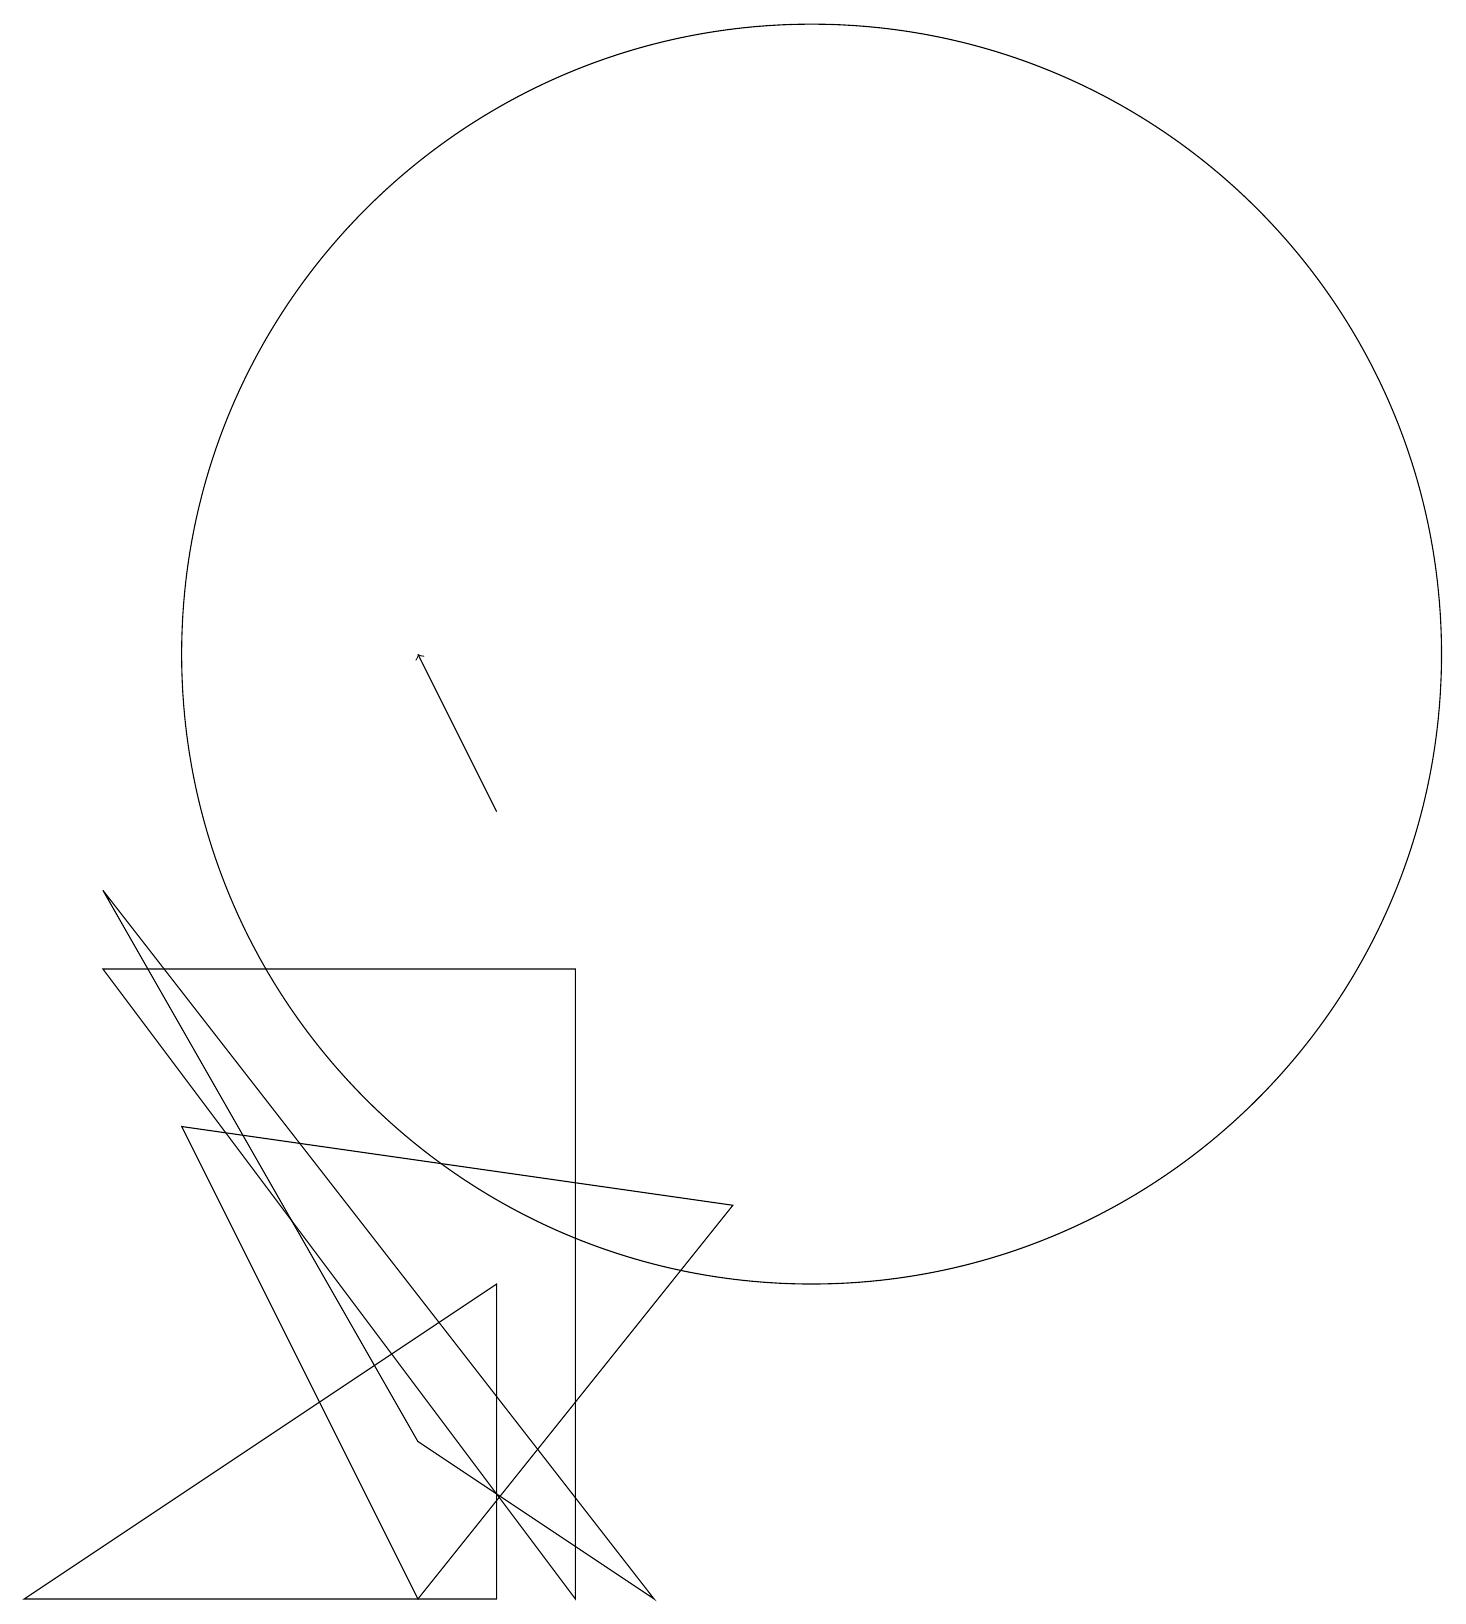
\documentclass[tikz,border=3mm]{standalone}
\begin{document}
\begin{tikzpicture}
\draw[->] (6,10) -- (5,12);
\draw (9,5) -- (5,0) -- (2,6) -- cycle;
\draw (6,4) -- (6,0) -- (0,0) -- cycle;
\draw (5,2) -- (8,0) -- (1,9) -- cycle;
\draw (7,0) -- (1,8) -- (7,8) -- cycle;
\draw (10,12) circle (8);
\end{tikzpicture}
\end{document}